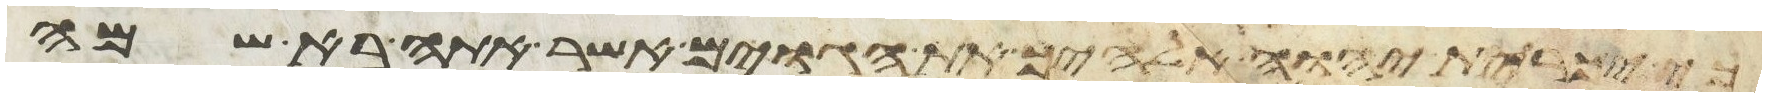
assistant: כי יכרית יהוה אלהיך את הגוים אשר אתה בא שם